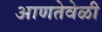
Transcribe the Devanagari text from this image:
आणतेवेळी